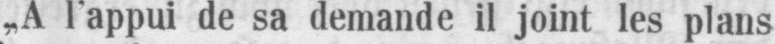
„A l’appui de sa demande il joint les plans